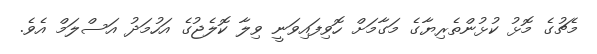
މެޗުގެ މޮޅު ކުޅުންތެރިޔާގެ މަގާމަށް ހޮވިފައިވަނީ ވިލާ ކޮލެޖުގެ އަހުމަދު އަސްލަމް އެވެ.